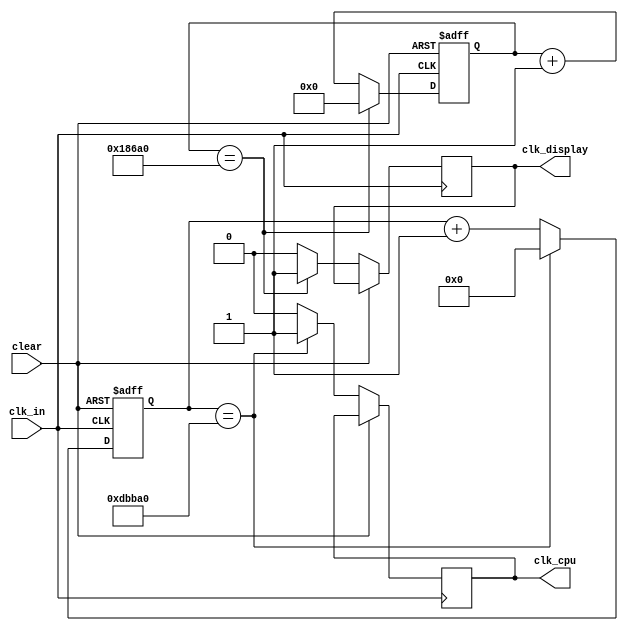
`timescale 1ns / 1ps
//////////////////////////////////////////////////////////////////////////////////
// Company: 
// Engineer: 
// 
// Design Name: 
// Module Name: frac
// Project Name: 
// Target Devices: 
// Tool Versions: 
// Description: 
// 
// Dependencies: 
// 
// Revision:
// Revision 0.01 - File Created
// Additional Comments:
// 
//////////////////////////////////////////////////////////////////////////////////


module frac(
    input clk_in,
    input clear,
    output reg clk_display,
    output reg clk_cpu
);
    reg [19:0] count_display;            
    reg [31:0] count_cpu;

always @(posedge clk_in,posedge clear)
begin 
    if(clear)
    begin
        count_display<=0;
        count_cpu<=0;
    end
    else
    begin  
        if(count_cpu==900000)
        begin
            clk_cpu<=1;
            count_cpu<=0;
        end
        else
        begin
            clk_cpu<=0;
            count_cpu<=count_cpu+1;
        end

        if(count_display==100000)
        begin
            clk_display<=1;
            count_display<=0;
        end    
        else
        begin
            clk_display<=0;
            count_display<=count_display+1;
        end      
    end
end 
endmodule